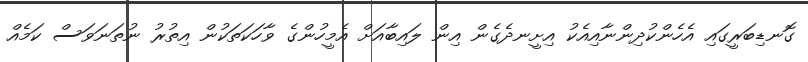
ގޮނޑިބަރީގައި އެހެންކުދިންނާއިއެކު އިށީނދެގެން އިން ލައިބާއަށް އެމީހުންގެ ވާހަކަތަކުން އިތުރު ނުތަނަވަސް ކަމެއް